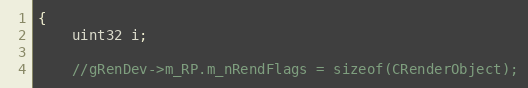
Language: C++
{
	uint32 i;

	//gRenDev->m_RP.m_nRendFlags = sizeof(CRenderObject);